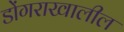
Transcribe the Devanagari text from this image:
डोंगराखालील